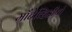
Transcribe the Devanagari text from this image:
माँटेव्हिडीयो